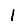
Digit: 1